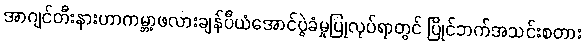
အာဂျင်တီးနားဟာကမ္ဘာ့ဖလားချန်ပီယံအောင်ပွဲခံမှုပြုလုပ်ရာတွင် ပြိုင်ဘက်အသင်းစတား